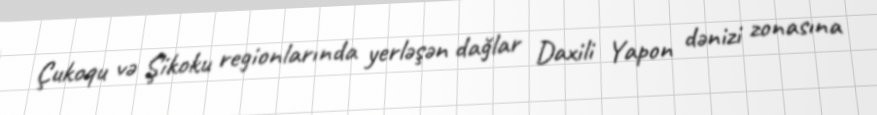
Çukoqu və Şikoku regionlarında yerləşən dağlar Daxili Yapon dənizi zonasına